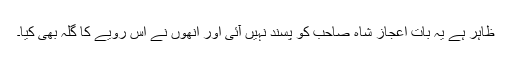
ظاہر ہے یہ بات اعجاز شاہ صاحب کو پسند نہیں آئی اور انھوں نے اس رویے کا گلہ بھی کیا۔